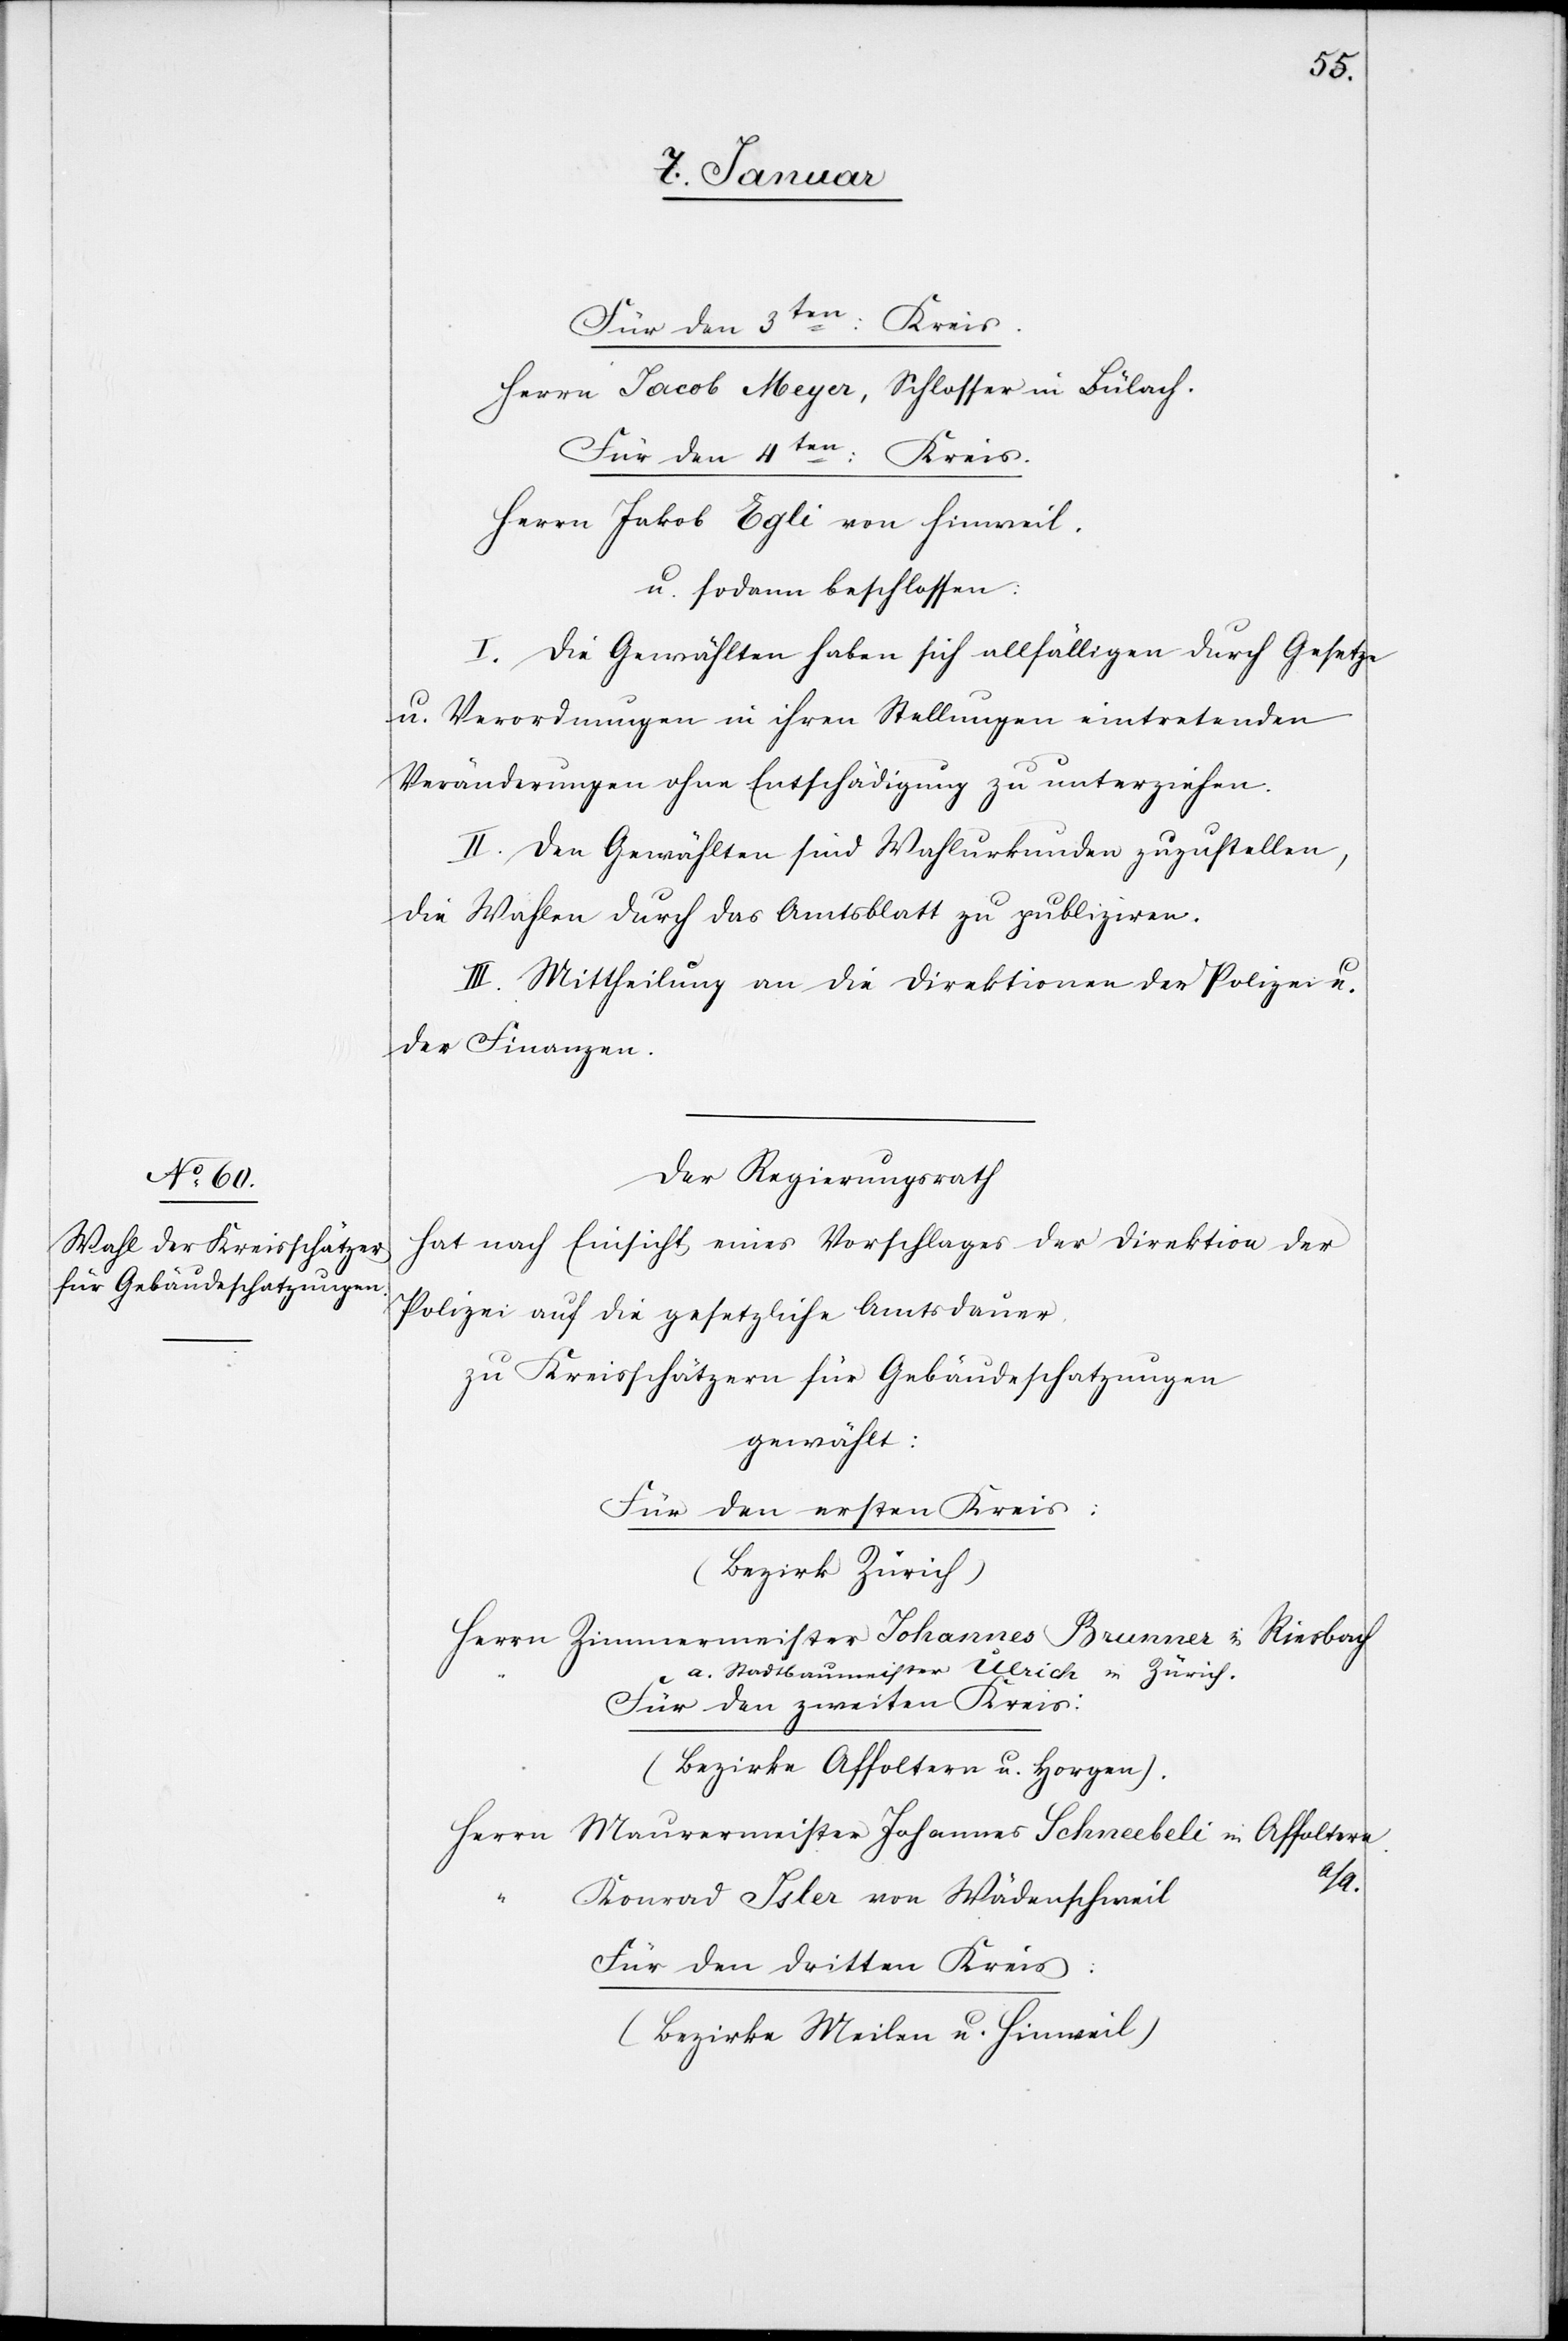
7. Januar.]
Für den 3ten: Kreis.
Herrn Jacob Meyer, Schlosser in Bülach.
Für den 4ten: Kreis.
Herrn Jakob Egli von Hinweil.
u. sodann beschlossen:
I. Die Gewählten haben sich allfälligen durch Gesetze
u. Verordnungen in ihren Stellungen eintretenden
Veränderungen ohne Entschädigung zu unterziehen.
II. Den Gewählten sind Wahlurkunden zuzustellen,
die Wahlen durch das Amtsblatt zu publiziren.
III. Mittheilung an die Direktionen der Polizei u.
der Finanzen.
Der Regierungsrath
hat nach Einsicht eines Vorschlages der Direktion der
Polizei auf die gesetzliche Amtsdauer
zu Kreisschätzern für Gebäudeschatzungen
gewählt:
Für den ersten Kreis:
(Bezirk Zürich)
Herrn	Zimmermeister Johannes Brunner in Riesbach
“		a. Stadtbaumeister Ulrich in Zürich
Für den zweiten Kreis:
(Bezirke Affoltern u. Horgen)
Herrn	Maurermeister Johannes Schneebeli in Affoltern
“		Konrad Isler von Wädenschweil
Für den dritten Kreis:
(Bezirke Meilen u. Hinweil)